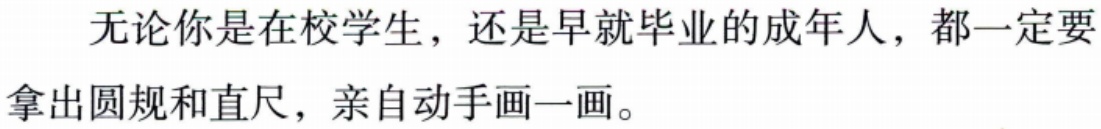
无论你是在校学生，还是早就毕业的成年人，都一定要拿出圆规和直尺，亲自动手画一画。